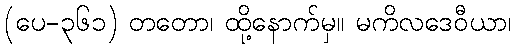
(ပေ-၃၆၁) တတော၊ ထို့နောက်မှ။ မကိလဒေဝီယာ၊